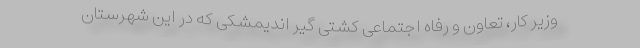
وزیر کار، تعاون و رفاه اجتماعی کشتی گیر اندیمشکی که در این شهرستان